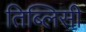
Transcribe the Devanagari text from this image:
तिब्लिसी